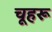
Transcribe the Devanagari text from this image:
चूहरू